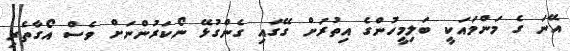
އޭނަ ގެ މަންމައަކީ ބަލިމީހުންގެ އިތުރަށް ގޭގައި ގެންގުޅޭ ނޯކަރުންނަށް ވެސް އޯގާތެރި